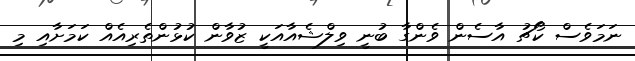
ނަމަވެސް ކޯޗު އާސެން ވެންގާ ބުނީ ވިލްޝެއާއަކީ ޒުވާން ކުޅުންތެރިއެއް ކަމަށާއި މި